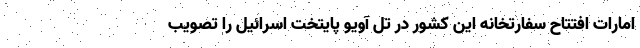
امارات افتتاح سفارتخانه این کشور در تل آویو پایتخت اسرائیل را تصویب